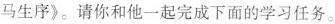
马生序》。请你和他一起完成下面的学习任务。